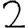
Digit: 2